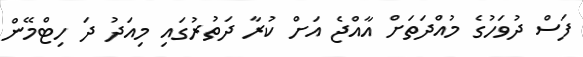
ފަސް ދުވަހުގެ މުއްދަތަށް އާއްޖެ އަށް ކުރާ ދަތުރުގައި މިއަދު ދަ ހިޓްމޭން